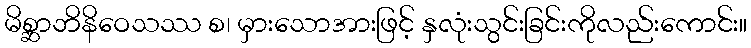
မိစ္ဆာဘိနိဝေသဿ စ၊ မှားသောအားဖြင့် နှလုံးသွင်းခြင်းကိုလည်းကောင်း။